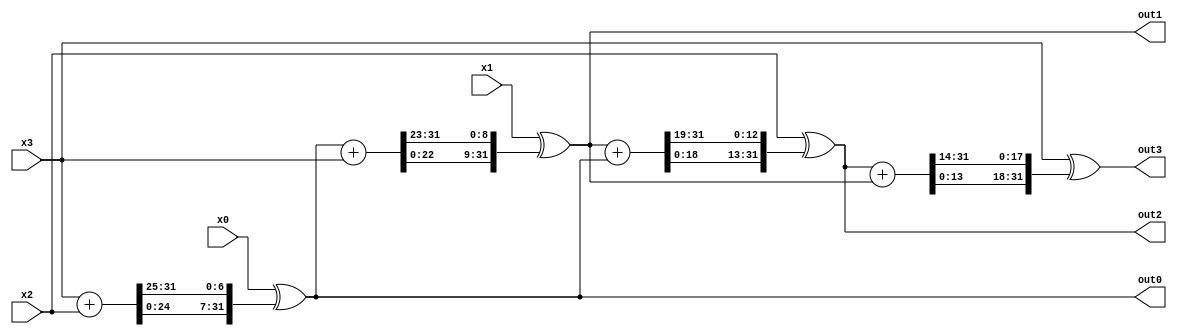
module q_round_for_salsa_20_8(
								input wire [31:0] x0,
								input wire [31:0] x1,
								input wire [31:0] x2,
								input wire [31:0] x3,
								output wire [31:0] out0,
								output wire [31:0] out1,
								output wire [31:0] out2,
								output wire [31:0] out3
);
   
	// Sum wires
	wire [31:0] sum_1_2;
	wire [31:0] sum_0_3;
	wire [31:0] sum_1_0;
	wire [31:0] sum_2_1;
	
	assign sum_1_2 = x3 + x2;
	assign out0 = x0 ^ {sum_1_2[24:0], sum_1_2[31:25]}; 
	assign sum_0_3 = out0 + x3;
	assign out1 = x1 ^ {sum_0_3[22:0], sum_0_3[31:23]};
	assign sum_1_0 = out1 + out0;
	assign out2 = x2 ^ {sum_1_0[18:0], sum_1_0[31:19]};
	assign sum_2_1 = out2 + out1;
	assign out3 = x3 ^ {sum_2_1[13:0], sum_2_1[31:14]};
	
endmodule